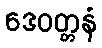
ဒေဝတ္တနံ